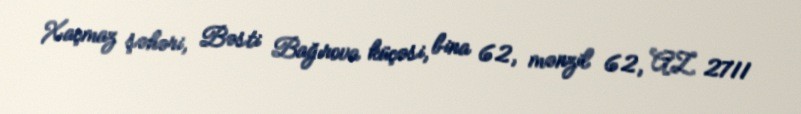
Xaçmaz şəhəri, Bəsti Bağırova küçəsi, bina 62, mənzil 62, AZ 2711